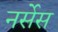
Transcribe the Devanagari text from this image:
नर्सेस